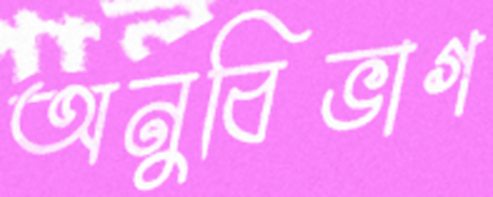
অনুবিভাগ